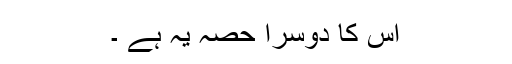
اس کا دوسرا حصہ یہ ہے ۔